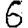
Digit: 6